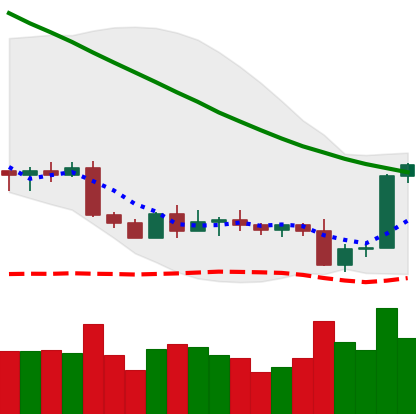
Ticker: BTC-USD
Chart end date: 2022-09-10
Forward return: -9.13%
Label: down_7plus